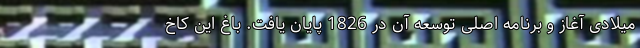
میلادی آغاز و برنامه اصلی توسعه آن در 1826 پایان یافت. باغ این کاخ